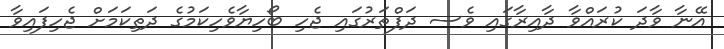
އޭނާ ވާދަ ކުރައްވާ ދާއިރާގައި ވެސ ދަފްތަރުގައި ޖެހި ބޯހިޔާވެހިކަމުގެ ދަތިކަމަށް ޖެހިފައިވާ